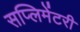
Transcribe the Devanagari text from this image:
सप्लिमेंटरी